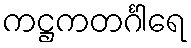
ကဋ္ဌကတင်္ဂါရေ